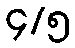
၄/၅